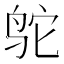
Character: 鸵